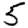
Digit: 5